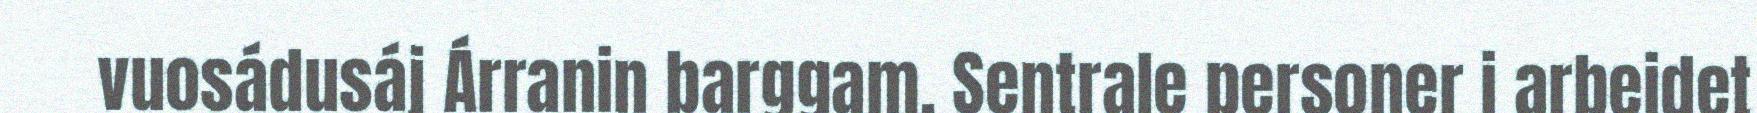
vuosádusáj Árranin barggam. Sentrale personer i arbeidet